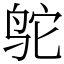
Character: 鸵